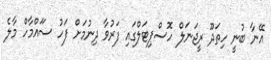
އޭނާ ބުނީ ހިތަދޫ ރީޖަނަލް ހޮސްޕިޓަލްގައި ފަރުވާ ދިނުމަށް ފަހު ސަައްމާހް މާލެ